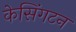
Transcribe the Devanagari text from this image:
केसिंगटन